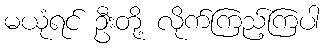
မယုံရင် ဦးတို့ လိုက်ကြည့်ကြပါ